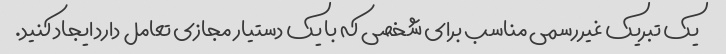
یک تبریک غیررسمی مناسب برای شخصی که با یک دستیار مجازی تعامل دارد ایجاد کنید.